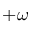
+ \omega